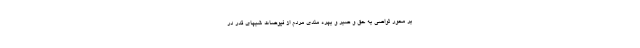
بر محور تواصی به حق و صبر و بهره مندی مردم از فیوضات شبهای قدر در